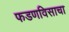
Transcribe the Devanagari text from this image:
फडणविसाचा